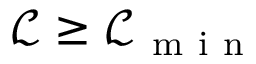
\mathcal { L } \geq \mathcal { L } _ { \mathrm { ~ m ~ i ~ n ~ } }